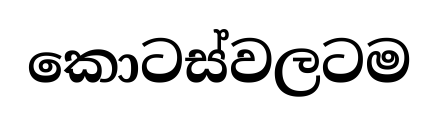
කොටස්වලටම